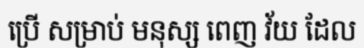
ប្រើ សម្រាប់ មនុស្ស ពេញ វ័យ ដែល